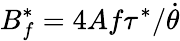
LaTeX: B_{f}^{*}=4Af\tau^{*}/\dot{\theta}